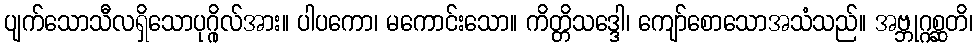
ပျက်သောသီလရှိသောပုဂ္ဂိုလ်အား။ ပါပကော၊ မကောင်းသော။ ကိတ္တိသဒ္ဒေါ၊ ကျော်စောသောအသံသည်။ အဗ္ဘုဂ္ဂစ္ဆတိ၊